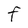
Character: F